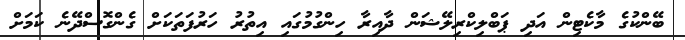
ބޭންކުގެ މާކެޓިން އަދި ޕަބްލިކްރިލޭޝަން ދާއިރާ ހިންގުމުގައި އިތުރު ހަރުފަތަކަށް ގެންގޮސްދޭނެ ކަމަށް